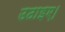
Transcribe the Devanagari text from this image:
उठाइए।